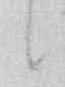
候